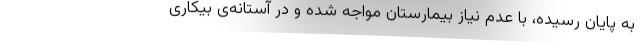
به پایان رسیده، با عدم نیاز بیمارستان مواجه شده و در آستانه‌ی بیکاری